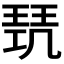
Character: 𭹥